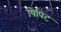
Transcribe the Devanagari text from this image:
चिपिट